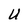
Character: U